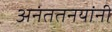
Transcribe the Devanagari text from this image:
अनंततनयांनी